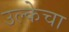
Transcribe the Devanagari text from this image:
उल्केचा